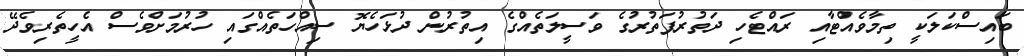
ބައިސްކަލަކީ ތިމާވެއްޓާއި ރައްޓެހި ދަތުރުފަތުރުގެ ވަސީލަތެއްގެ އިތުރުން ދުޅަހެޔޮ ސިއްހަތެއްގައި ހުރުމަށްވެސް އެހީތެރިވެދޭ